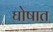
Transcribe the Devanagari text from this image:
घोषात